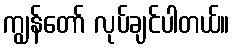
ကျွန်တော် လုပ်ချင်ပါတယ်။